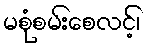
မစုံစမ်းစေလင့်၊